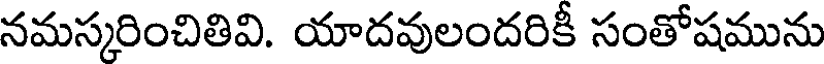
నమస్కరించితివి. యాదవులందరికీ సంతోషమును